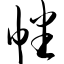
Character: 幡